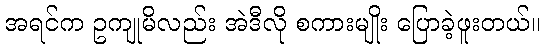
အရင်က ဥကျုမိလည်း အဲဒီလို စကားမျိုး ပြောခဲ့ဖူးတယ်။